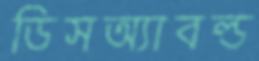
ডিসঅ্যাবল্ড